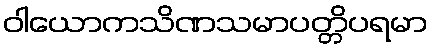
ဝါယောကသိဏသမာပတ္တိပရမာ